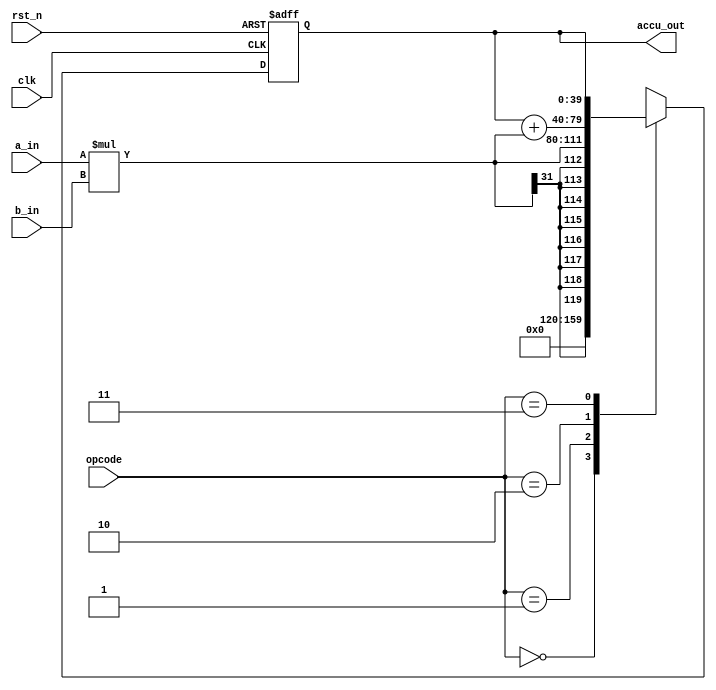
// DSP multiply-and-accumulate block without saturation

module dspmac_16_40(
    input clk, 
    input rst_n, 
    input [1:0] opcode,
    input signed [16-1:0] a_in, 
    input signed [16-1:0] b_in, 
    output signed [40-1:0] accu_out
    );

reg signed [40-1:0] accu;

parameter [1:0] OP_CLR = 2'b00,
                OP_MUL = 2'b01,
                OP_MAC = 2'b10,
                OP_NOP = 2'b11;    

always @(posedge clk or negedge rst_n)
begin
    if (rst_n == 1'b0)
        accu <= 40'd0;  // set accumulator to zero
    else
    begin
        case(opcode)
        OP_CLR:
            accu <= 0;
        OP_MUL:
            accu <= a_in*b_in;
        OP_MAC:
            accu <= accu+a_in*b_in;
        OP_NOP:
            accu <= accu;
        default:
            accu <= accu;
        endcase
    end
end

assign accu_out = accu;

endmodule